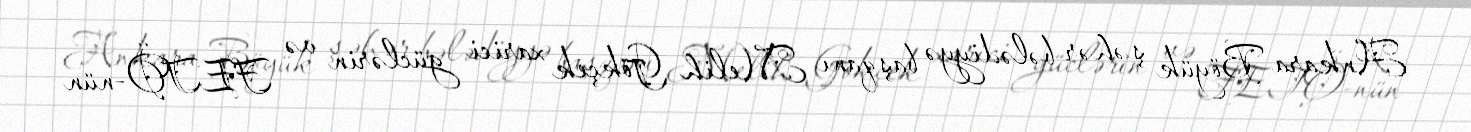
Ankara Böyük şəhər bələdiyyə başqanı Melih Gökçek xarici güclərin və FETÖ-nün